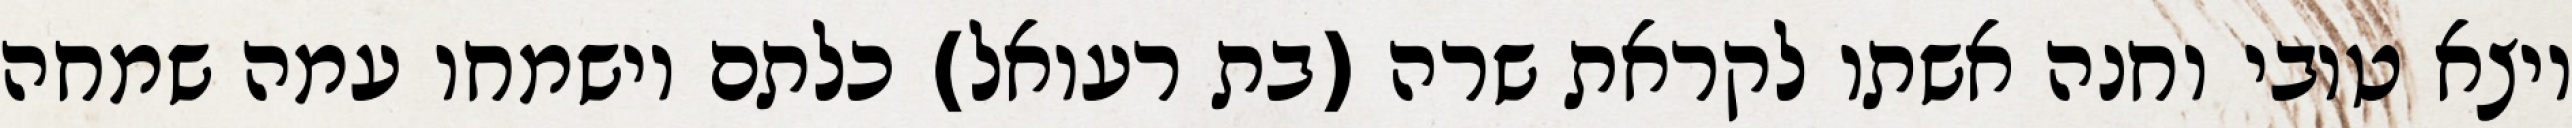
ויצא טובי וחנה אשתו לקראת שרה (בת רעואל) כלתם וישמחו עמה שמחה